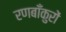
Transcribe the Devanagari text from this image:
रणबाँकुरों